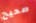
صحيح